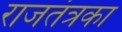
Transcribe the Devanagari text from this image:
राजतंत्रका